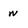
Character: w